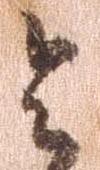
令